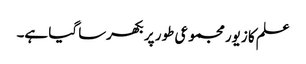
علم کا زیور مجموعی طور پر بکھرسا گیا ہے۔